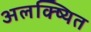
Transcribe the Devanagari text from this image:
अलक्ष्यित